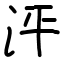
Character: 泙